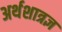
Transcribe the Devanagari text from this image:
अर्थशात्रज्ञ